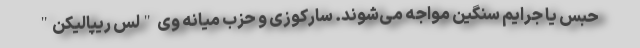
حبس یا جرایم سنگین مواجه می‌شوند. سارکوزی و حزب میانه وی "لس ریپالیکن"